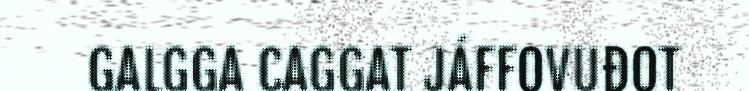
GALGGA CAGGAT JÁFFOVUĐOT